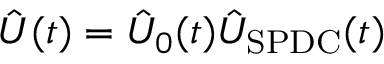
\hat { U } ( t ) = \hat { U } _ { 0 } ( t ) \hat { U } _ { \mathrm { S P D C } } ( t )